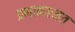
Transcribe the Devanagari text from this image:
प्रभाकरमत